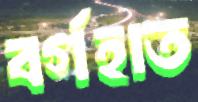
বর্গহাত